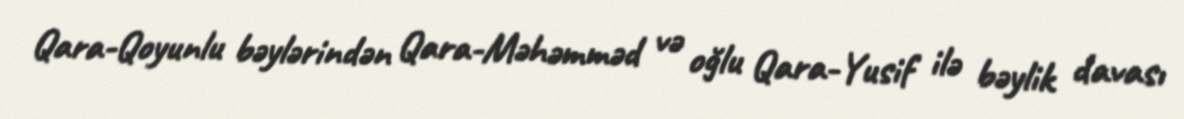
Qara-Qoyunlu bəylərindən Qara-Məhəmməd və oğlu Qara-Yusif ilə bəylik davası